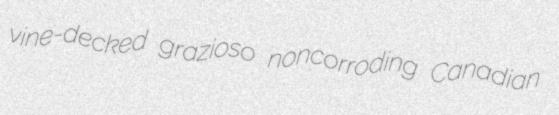
vine-decked grazioso noncorroding Canadian